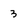
Character: 3